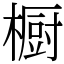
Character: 橱